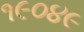
૧૯૦૪૯